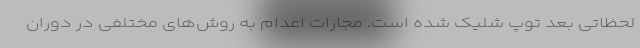
لحظاتی بعد توپ شلیک شده است. مجازات اعدام به روش‌های مختلفی در دوران